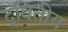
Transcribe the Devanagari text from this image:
द्‌वितीय